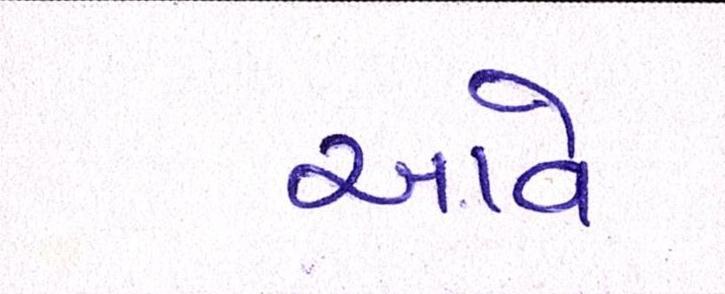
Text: આવે